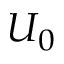
U _ { 0 }